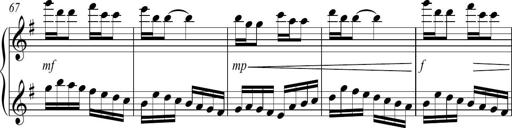
Title: Sonatina no. 2
Composer: Brian Henderson-Sellers
Key: G major